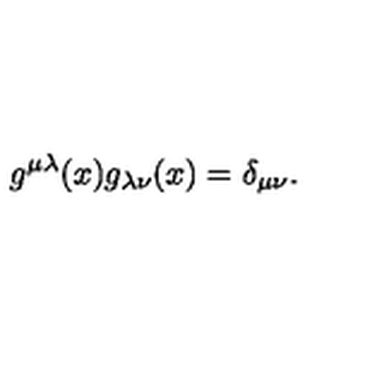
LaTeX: g ^ { \mu \lambda } ( x ) g _ { \lambda \nu } ( x ) = \delta _ { \mu \nu } .